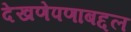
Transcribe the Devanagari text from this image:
देखणेपणाबद्दल